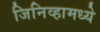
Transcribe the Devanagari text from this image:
जिनिव्हामध्ये